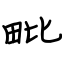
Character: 毗